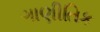
ગાણીતિક